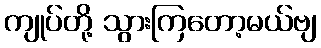
ကျုပ်တို့ သွားကြတော့မယ်ဗျ